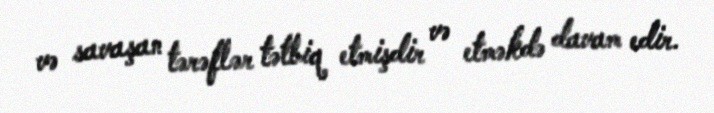
və savaşan tərəflər tətbiq etmişdir və etməkdə davam edir.